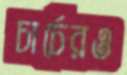
চার্চেরও